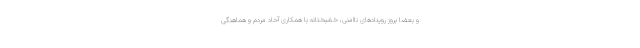
و بعضا بروز رویدادهای ناامنی، خشبختانه با همکاری آحاد مردم و هماهنگی